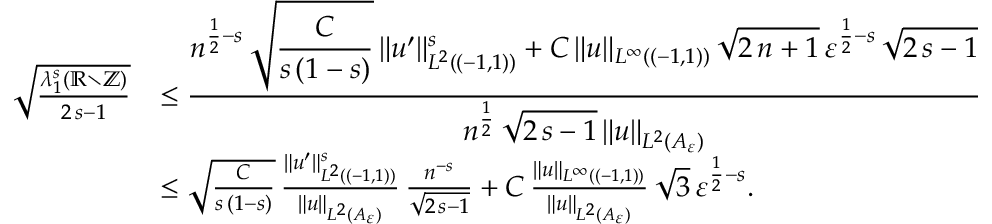
\begin{array} { r l } { \sqrt { \frac { \lambda _ { 1 } ^ { s } ( \mathbb { R } \setminus \mathbb { Z } ) } { 2 \, s - 1 } } } & { \le \frac { \displaystyle n ^ { \frac { 1 } { 2 } - s } \, \sqrt { \frac { C } { s \, ( 1 - s ) } } \, \| u ^ { \prime } \| _ { L ^ { 2 } ( ( - 1 , 1 ) ) } ^ { s } + C \, \| u \| _ { L ^ { \infty } ( ( - 1 , 1 ) ) } \, \sqrt { 2 \, n + 1 } \, \varepsilon ^ { \frac { 1 } { 2 } - s } \, \sqrt { 2 \, s - 1 } } { \displaystyle n ^ { \frac { 1 } { 2 } } \, \sqrt { 2 \, s - 1 } \, \| u \| _ { L ^ { 2 } ( A _ { \varepsilon } ) } } } \\ & { \le \sqrt { \frac { C } { s \, ( 1 - s ) } } \, \frac { \| u ^ { \prime } \| _ { L ^ { 2 } ( ( - 1 , 1 ) ) } ^ { s } } { \| u \| _ { L ^ { 2 } ( A _ { \varepsilon } ) } } \, \frac { n ^ { - s } } { \sqrt { 2 \, s - 1 } } + C \, \frac { \| u \| _ { L ^ { \infty } ( ( - 1 , 1 ) ) } } { \| u \| _ { L ^ { 2 } ( A _ { \varepsilon } ) } } \, \sqrt { 3 } \, \varepsilon ^ { \frac { 1 } { 2 } - s } . } \end{array}